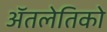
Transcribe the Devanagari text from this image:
ॲतलेतिको